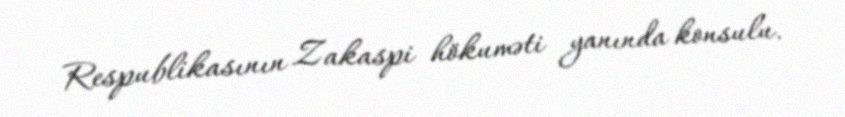
Respublikasının Zakaspi hökuməti yanında konsulu.